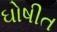
ઘોષીત